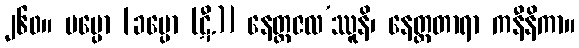
၂၆၀။ ဗပ္ပော [ခပ္ပော (ဋီ.)] နေတ္တဇလ’ဿူနိ၊ နေတ္တတာရာ ကနီနိကာ။